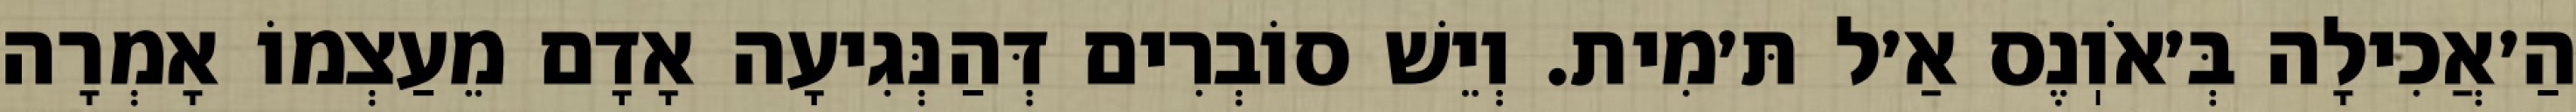
הַ׳אֲכִילָה בְּ׳אֹוֽנֶס אַ׳ל תּ׳מִית. וְיֵשׁ סוֹבְרִים דְּהַנְּגִיעָה אָדָם מֵעַצְמוֹ אָמְרָה